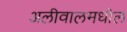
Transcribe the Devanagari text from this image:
अलीवालमधील